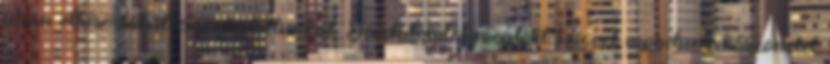
útján elkísérték drága halottunkat, Fájdalomtól megtört szívvel mondunk köszönetet